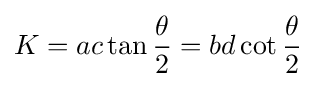
K=ac\tan {\frac {\theta }{2}}=bd\cot {\frac {\theta }{2}}